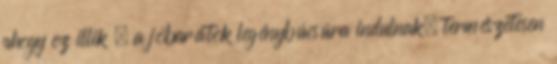
ahogy ez illik – a jóbarátok legénybúcsúra indulnak, természetesen